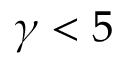
\gamma < 5